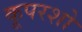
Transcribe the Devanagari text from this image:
कूपरशो